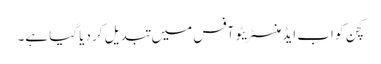
کچن کو اب ایڈمنسٹریٹو آفس میں تبدیل کر دیا گیا ہے۔